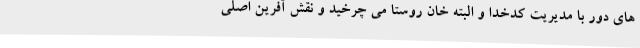
های دور با مدیریت کدخدا و البته خان روستا می چرخید و نقش آفرین اصلی